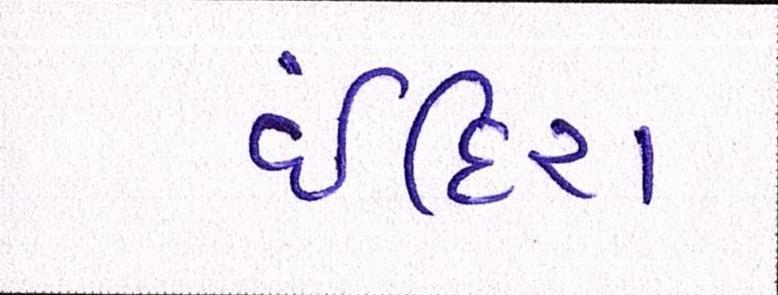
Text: ઈંદિરા